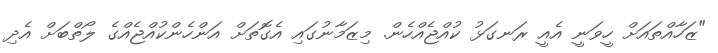
"ޒަހާއްތައަށް ހީވަނީ އެއީ ރަނގަޅު ކުއްޖެއްހެން. މިޒަމާނުގައި އެގޮތަށް އަންހެންކުއްޖެއްގެ ލޯތްބަށް އެދި